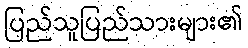
ပြည်သူပြည်သားများ၏